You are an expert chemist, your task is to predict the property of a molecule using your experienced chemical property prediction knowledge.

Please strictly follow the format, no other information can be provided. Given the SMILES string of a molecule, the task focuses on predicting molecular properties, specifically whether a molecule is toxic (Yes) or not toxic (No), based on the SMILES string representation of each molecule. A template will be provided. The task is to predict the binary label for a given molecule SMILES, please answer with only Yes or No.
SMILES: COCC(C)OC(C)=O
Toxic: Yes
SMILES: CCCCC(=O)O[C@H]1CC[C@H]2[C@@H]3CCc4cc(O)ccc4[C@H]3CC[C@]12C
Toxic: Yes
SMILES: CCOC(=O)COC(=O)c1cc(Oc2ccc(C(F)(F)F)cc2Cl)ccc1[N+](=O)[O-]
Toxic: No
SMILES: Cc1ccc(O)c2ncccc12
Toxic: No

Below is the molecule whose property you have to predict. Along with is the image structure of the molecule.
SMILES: O=P(O)(O)CCCl
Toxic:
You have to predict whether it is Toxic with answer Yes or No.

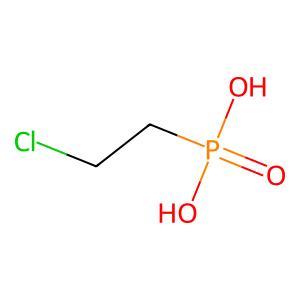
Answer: No